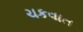
ચકવાત